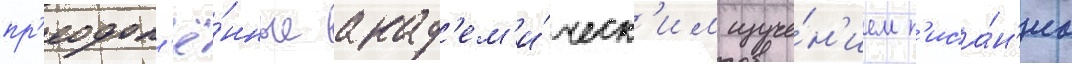
пр'еодол'ё́нные акад'ем'и́ческ'им изуче́н'ием п'иса́н'иа